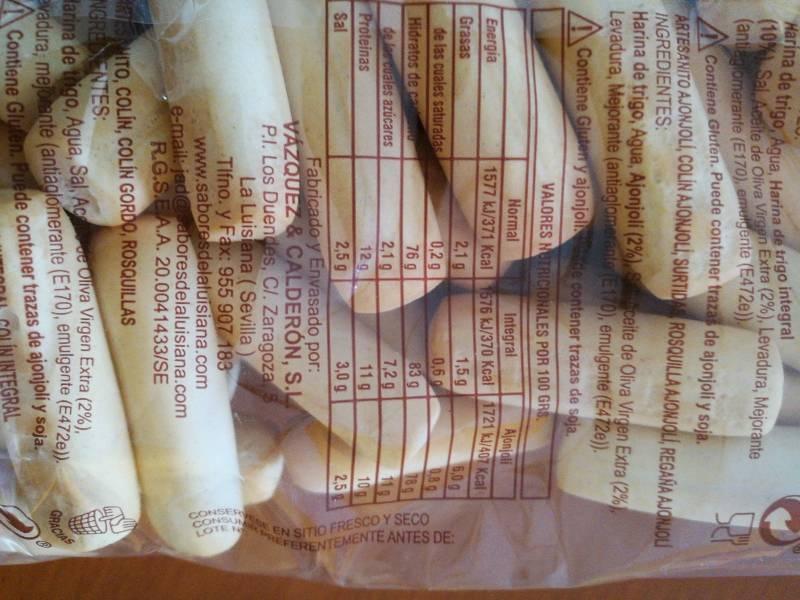
CONSER Harina de trigo, Agua, Harina de trigo integral (09Sal Accite de Oliva Virgen Extra (2%), Levadura, Mejorante LOTEN EN SITIO FRESCO Y SECO (antgiomerante (E170), emelgente (E472e)) FERENTEMENTE ANTES DE Contiene Gluten. Puede contener trazas de ajonjoli y soja. ARTESANITO AJONJOLI, COLIN AJONJOL, SURTIDA ROSQUILLA AJONJOLI, REGANA AJONJOL INGREDIENTES Harina de trigo, Agua, Ajonjoli (2%) ceite de Oliva Virgen Extra (2%) Levadura, Mejorante (antiaglomerante (E170), emulgente (E472e). Contiene Gluten y ajonjoliede contener trazas de soja VALORES TRICIONALES POR 100 GRS Normal 1577 kJ/371 Kcal Ajonjali Integral Energia Grasas de las cuales saturadas Hidratos de ca de lrCuales azucares 1576 kJ/370 Kcal 1,5 g 0,6 83 g 7,2 9 11 g 3,0 g 1721 k/407 Kcal 6.0 g 0.8g 78 g 11 10 2,5 2,1 g 0,2 g 76 g 2.1g 12g 2,5g Fabricado y Envasado por: VÁZQUEZ & CALDERÓN, S.L P.I. Los Duendes, C/. Zaragoza La Luisiana (Sevilla) Tlfno. y Fax: 955 907 183 www.saboresdelatuisiana.com e-mail jad@alboresdelaluisiana.com R.G.S.EA.A. 20.0041433/SE Proteinas Sal RTESITO COLIN, COLIN GORDO, ROSQUILLAS NGREENTES: arina de tigo, Agua, Sal, Ace oliva Virgen Extra (2%) evadura, meante (antiagiomerante (E170), emulgente (E472e)) GRACIAS Contiene Gluten. Puede contener trazas de ajonjoli y soja. INTEGRAL